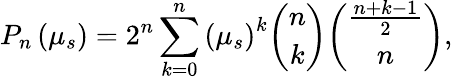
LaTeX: P_{n}\left(\mu_{s}\right)=2^{n}\sum_{k=0}^{n}\left(\mu_{s}\right)^{k}\binom{n}{k}\binom{\frac{n+k-1}{2}}{n},